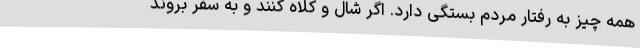
همه چیز به رفتار مردم بستگی دارد. اگر شال و کلاه کنند و به سفر بروند